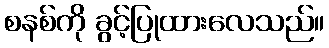
စနစ်ကို ခွင့်ပြုထားလေသည်။